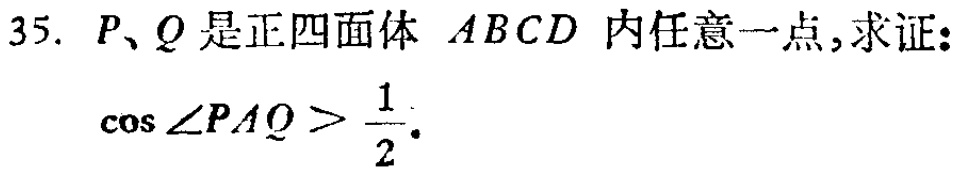
35. \(P、Q\)是正四面体 \(ABCD\) 内任意一点,求证:
\(\cos\angle PAQ>\frac{1}{2}\).